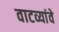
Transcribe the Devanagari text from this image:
वाटव्यांवे